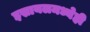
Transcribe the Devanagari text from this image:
इस्रायलमध्येही